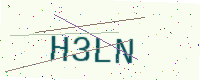
Text: H3LN